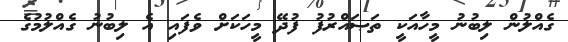
ގެއްލުން ލިބުނު މީހާއަކީ ތަޞައްރުފު ފުދޭ މީހަކަށް ވެފައި އެ ލިބުނު ގެއްލުމުގެ